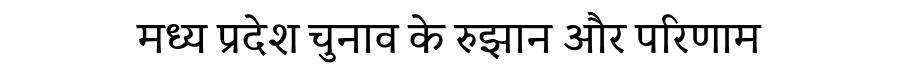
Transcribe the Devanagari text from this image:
मध्य प्रदेश चुनाव के रुझान और परिणाम